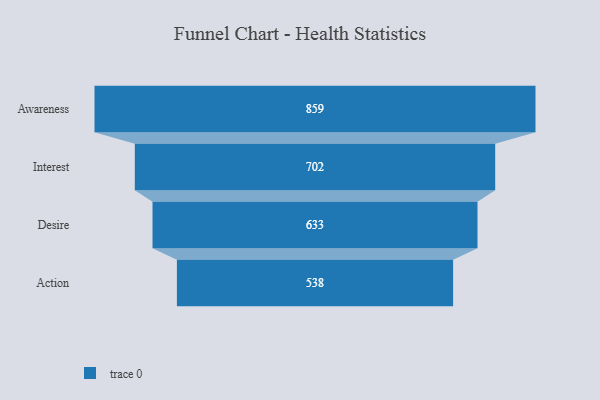
{"axis": {"x": "Stage", "y": "Value"}, "legend": [""], "data": [{"x": "Awareness", "y": 859.0, "type": ""}, {"x": "Interest", "y": 702.0, "type": ""}, {"x": "Desire", "y": 633.0, "type": ""}, {"x": "Action", "y": 538.0, "type": ""}]}